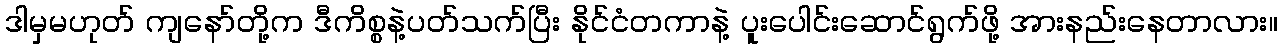
ဒါမှမဟုတ် ကျနော်တို့က ဒီကိစ္စနဲ့ပတ်သက်ပြီး နိုင်ငံတကာနဲ့ ပူးပေါင်းဆောင်ရွက်ဖို့ အားနည်းနေတာလား။